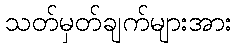
သတ်မှတ်ချက်များအား